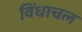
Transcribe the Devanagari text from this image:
विंधाचल